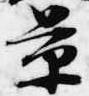
景